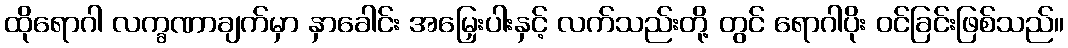
ထိုရောဂါ လက္ခဏာချက်မှာ နှာခေါင်း အမြှေးပါးနှင့် လက်သည်းတို့ တွင် ရောဂါပိုး ဝင်ခြင်းဖြစ်သည်။